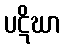
ပဋိဃာ